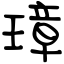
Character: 璋